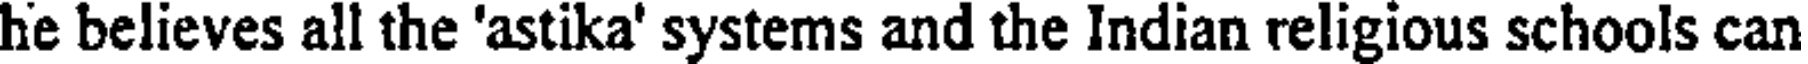
he believes all the 'astika' systems and the Indian religious schools can